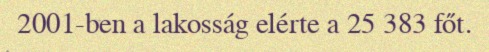
2001-ben a lakosság elérte a 25 383 főt.